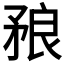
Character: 𥍫